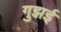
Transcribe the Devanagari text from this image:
गुझई